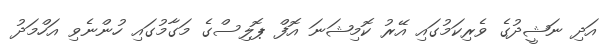
އަދި ނަޝީދުގެ ވެރިކަމުގައި އޭރު ކޮމިޝަނަ އޮފް ޕޮލިސްގެ މަގާމުގައި ހުންނެވި އަހްމަދު